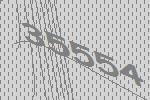
35554